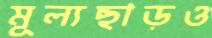
মূল্যছাড়ও